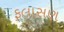
ફલાસણ